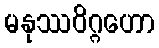
မနုဿဝိဂ္ဂဟော